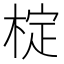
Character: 椗